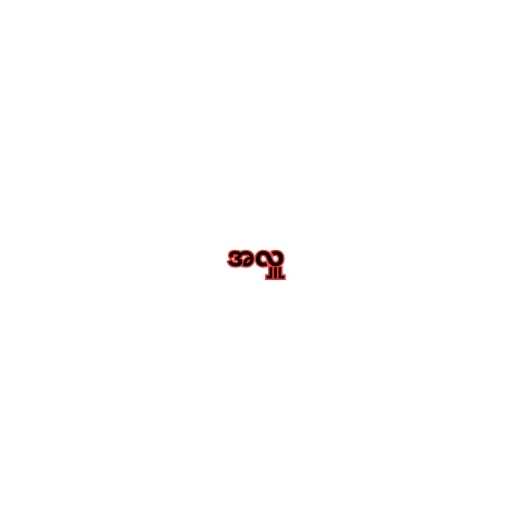
အလှူ